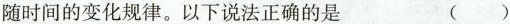
随时间的变化规律。以下说法正确的是 ( )